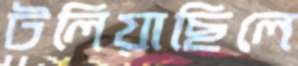
টলিয়াছিলে